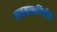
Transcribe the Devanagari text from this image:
मलकानगिरीत